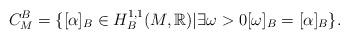
LaTeX: \begin{align*}C_{M}^{B}=\{[\alpha]_{B}\in H_{B}^{1,1}(M,\mathbb{R})|\exists\text{}\omega>0[\omega]_{B}=[\alpha]_{B}\}.\end{align*}